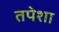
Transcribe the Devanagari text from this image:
तपेशा